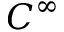
C ^ { \infty }